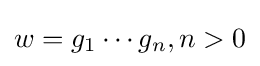
w=g_{1}\cdots g_{n},n>0